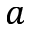
a